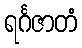
ရင်္ဂဇာတံ